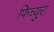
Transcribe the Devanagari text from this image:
फिच्युरा